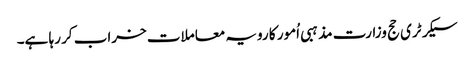
سیکرٹری حج وزارت مذہبی اُمور کا رویہ معاملات خراب کر رہا ہے۔